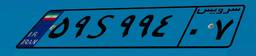
۵۹S۹۹۴۰۷